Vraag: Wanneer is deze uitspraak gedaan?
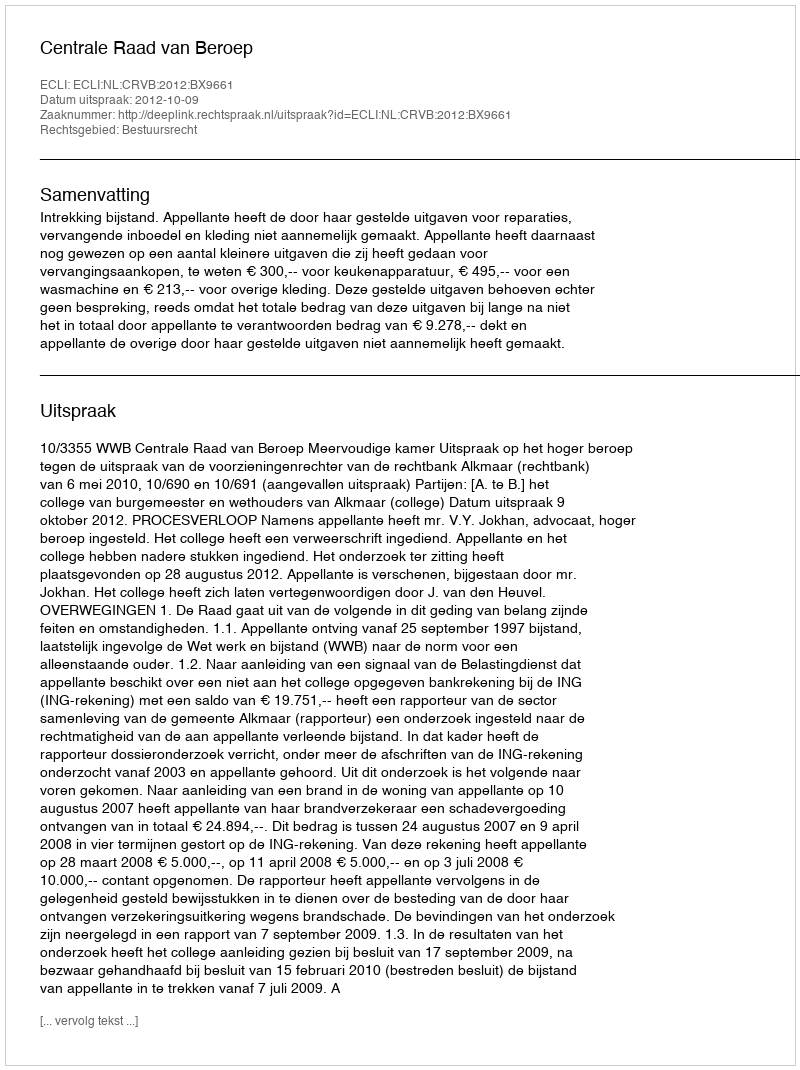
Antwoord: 2012-10-09